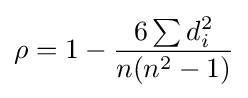
\rho =1-{\frac {6\sum d_{i}^{2}}{n(n^{2}-1)}}